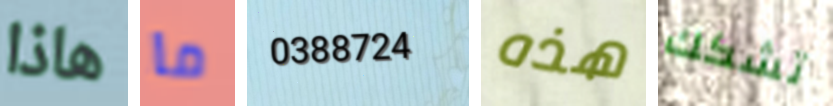
هاذا ما 0388724 هذه تشكك